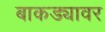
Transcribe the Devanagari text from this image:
बाकड्यावर